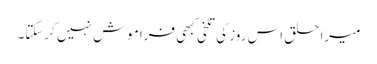
میرا حلق اس روز کی تلخی کبھی فراموش نہیں کرسکتا۔